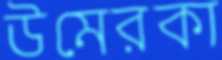
উমেরকা